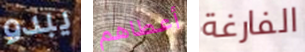
يبدو أعطاهم الفارغة